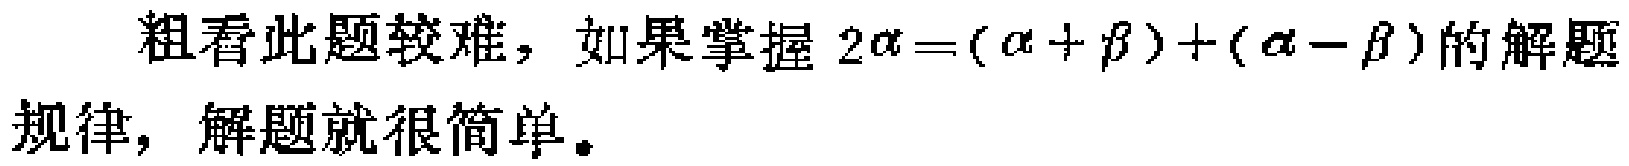
粗看此题较难，如果掌握 \(2\alpha = (\alpha + \beta)+(\alpha - \beta)\) 的解题规律，解题就很简单。